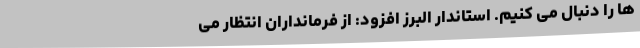
ها را دنبال می کنیم. استاندار البرز افزود: از فرمانداران انتظار می